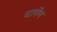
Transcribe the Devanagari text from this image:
चार्येण